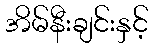
အိမ်နီးချင်းနှင့်